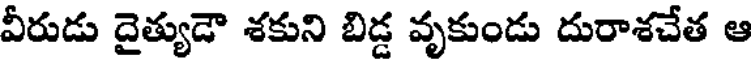
వీరుడు దైత్యుడౌ శకుని బిడ్డ వృకుండు దురాశచేత ఆ